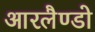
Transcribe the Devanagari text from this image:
आरलैण्डो